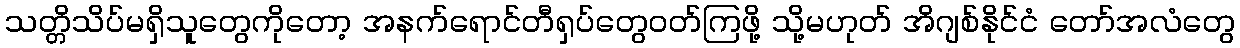
သတ္တိသိပ်မရှိသူတွေကိုတော့ အနက်ရောင်တီရှပ်တွေဝတ်ကြဖို့ သို့မဟုတ် အိဂျစ်နိုင်ငံ တော်အလံတွေ